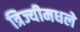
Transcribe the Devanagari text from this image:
त्रिज्यीमधले